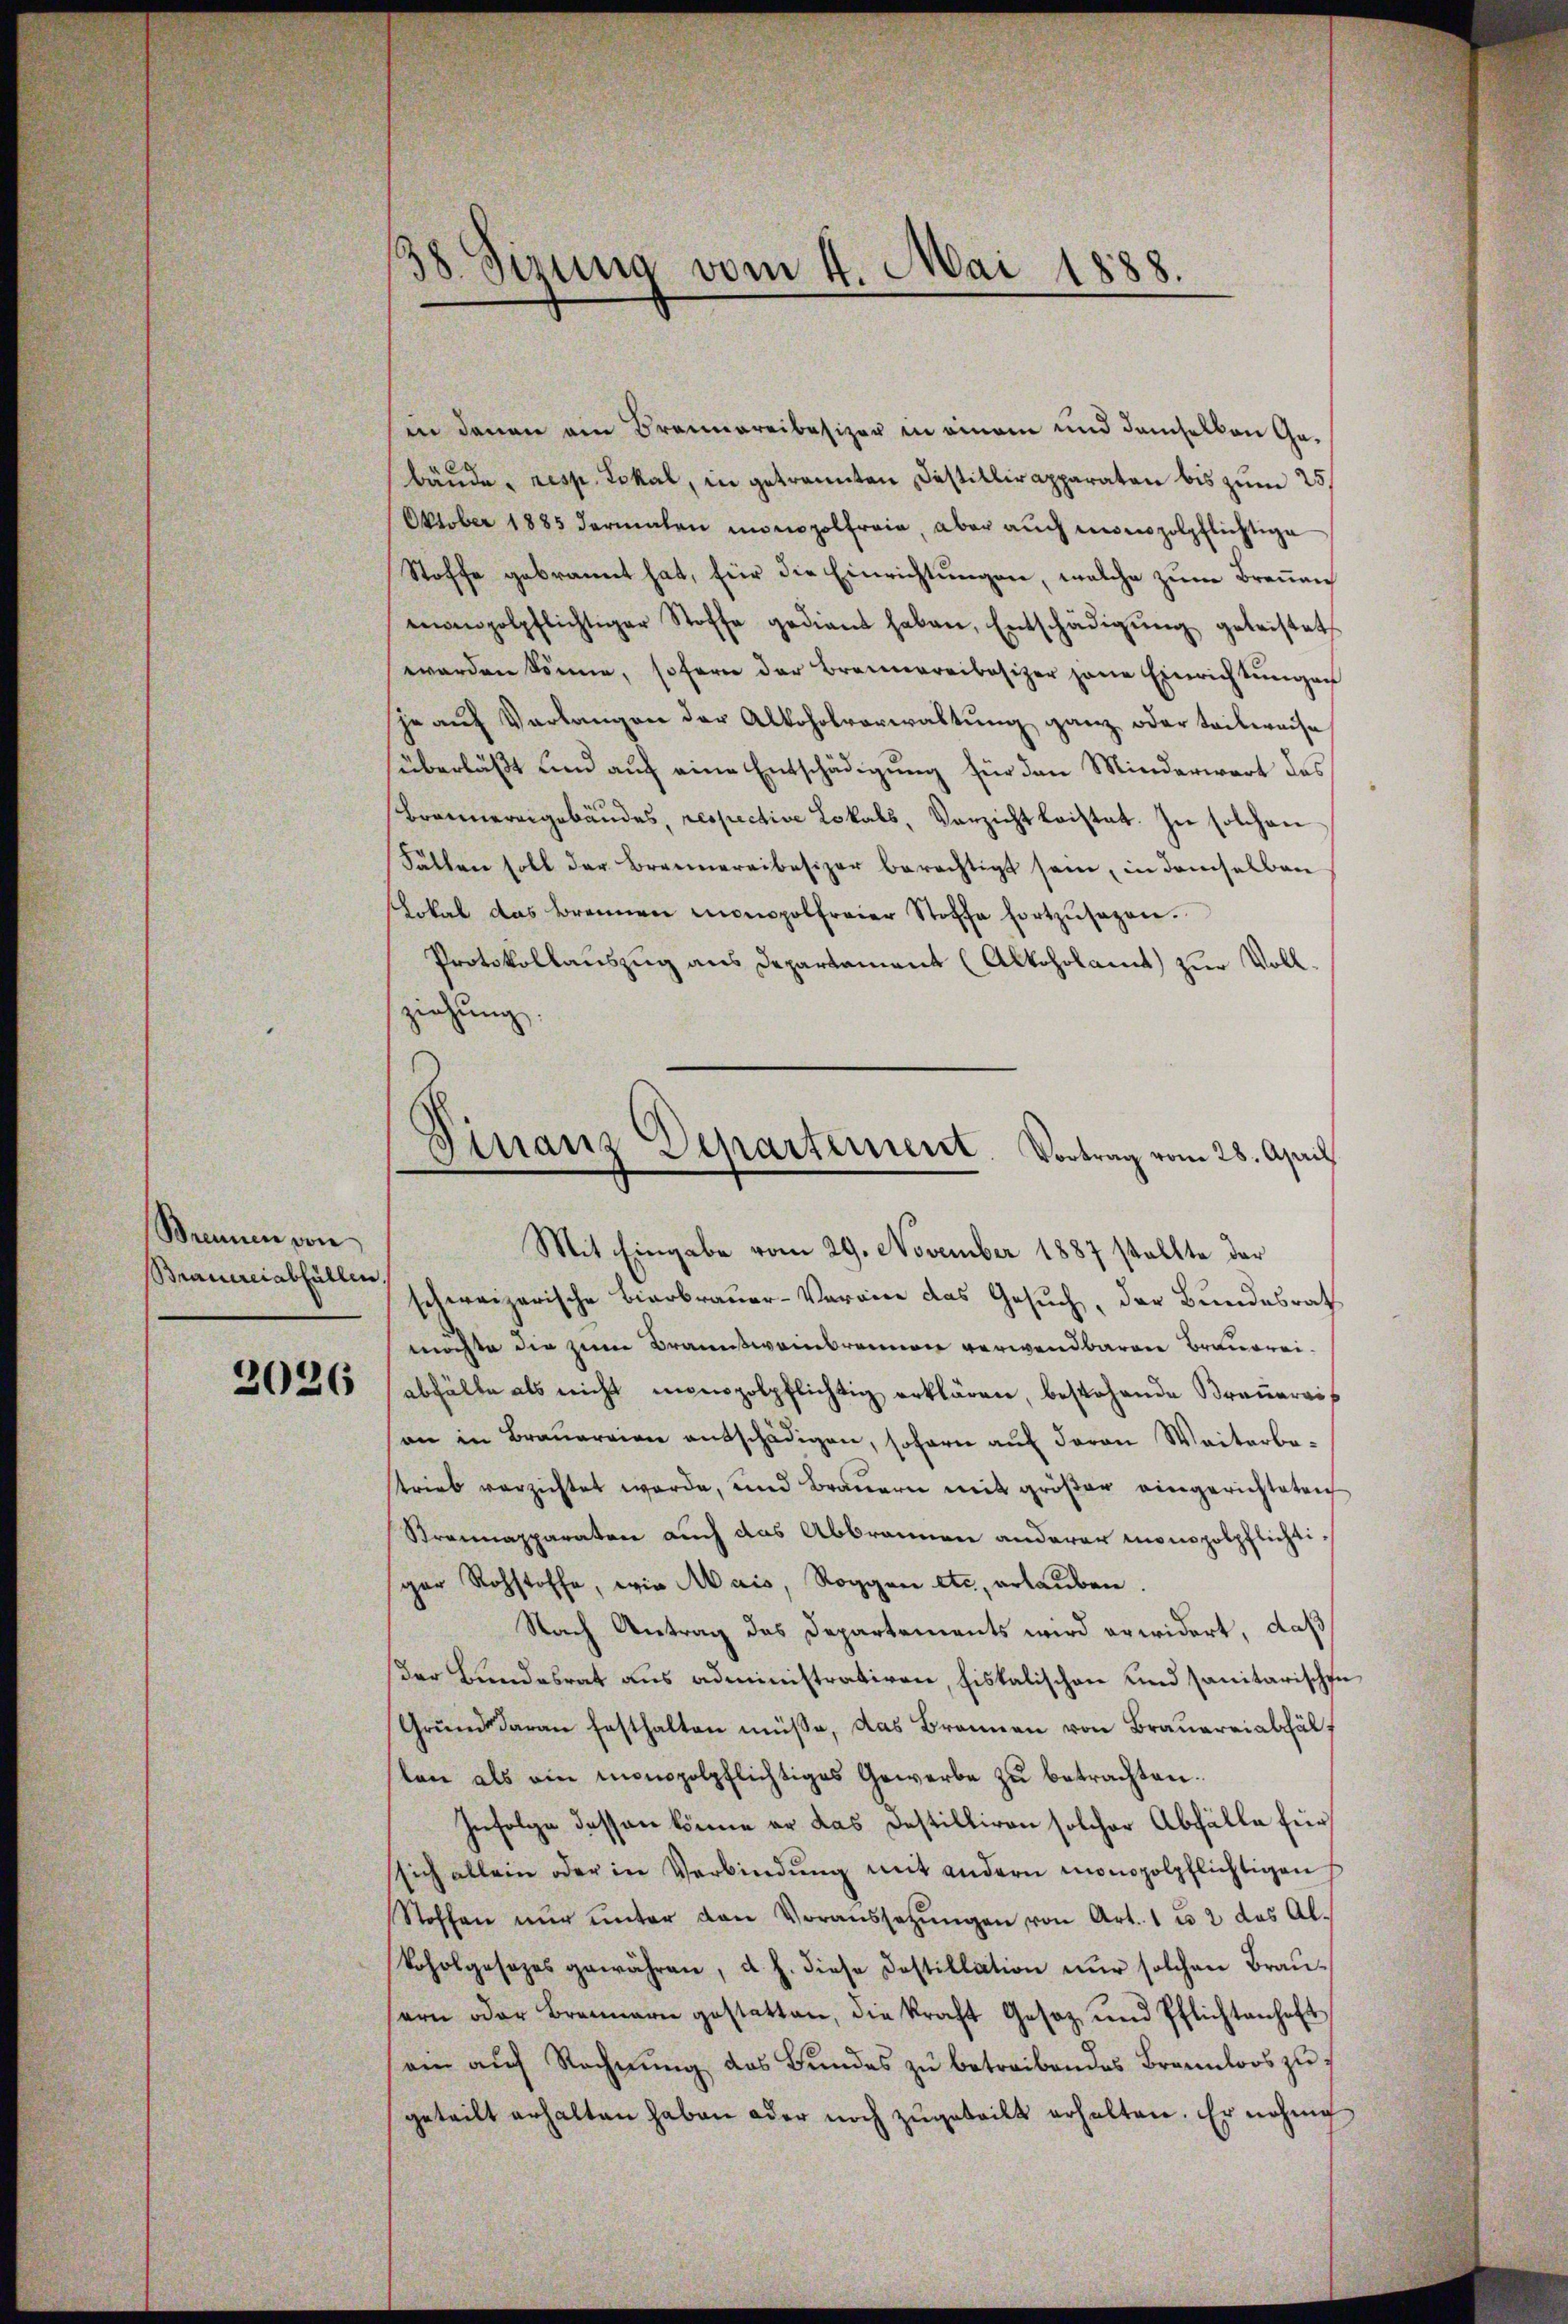
Brunnen von
Brauereiabfällen.

2026

38 Sizung vom 4. Mai 1888.

in denen ein Brennereibesizer in einem und damselben Ge-
bäude, resp. Lokal, in getrannten Fastillirapparaten bis zum 25.
Oktober 1885 dermalen monopolfreie, aber auch menzolpflichtige
Stoffe gebrannt hat, für die Einrichtungen, welche zum Brennen
ennpolpflichtiger Stoffe gedient haben, Entschädigŭng geleistet
werden könne, sofern der Brennereibesizer jene Einrichtŭngen
je auf Verlangen der Alkoholverwaltung ganz oder teilweise
überläßt und auf eine Entschädigung für den Minderwart des
Brannereigebäudes, respective Lokals, Verzicht leistet. In solchen
Fällen soll der Brennereibesizer berechtigt sein, in demselben
Lokal das Brennen monopolfrauer Stoffe fortzŭsagen.
Protokollauszug aus Departement (Alkoholamt zur Vollziehung
Mit Eingabe vom 29. November 1887 stellte der
schweizerische Bierbrauer-Vereine das Gesuch, der Bundesrath
möchte die zum Braunstweinbrammen verwendbaren Brauereiabhälte als nicht impolpflichtig erklären, bestehende Braŭereis
an in Braŭereien entschädigen, sofern auf deren Weiterbe-
strieb verzichtet werde, und Brauern mit größer eingerichteten
Strannapparaten auch das Abbrannen anderer monopolpflichtiger Rohstoffe, wie Mais, Roggen etc. erlauben.
Nach Antrag des Departements wird erwidert, daß
Der Bundesrat aus administrativen, Fiskalischen und sanitarischen
Grŭnd daran festhalten müsse, das Brannen von Braŭarriabhälf
slen als ein monopolpflichtiges Gewerbe zu betrachten.
Infolge dessen könne er das Destilliren solcher Abfälle für
sich allein oder in Verbindŭng mit andern monopolpflichtigen
Stoffen nŭr ŭnter den Voraussetzŭngen von Art. 1 u. 2 das Al-
Loholgesezes gewähren, d. h. diese Dostillation nur solchen Brausern oder Brennern gestatten, die kraft Gesez und Pflichtanhaft
ei aŭf Rechnŭng des Bŭndes zŭ betreibendes Brennloos zugeteilt erhalten haben oder noch zugeteilt erhalten. Er nehme

Finanz Separtement. Vortrag vom 28. April